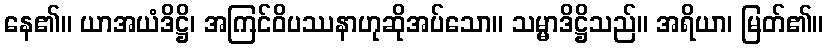
နေ၏။ ယာအယံဒိဋ္ဌိ၊ အကြင်ဝိပဿနာဟုဆိုအပ်သော။ သမ္မာဒိဋ္ဌိသည်။ အရိယာ၊ မြတ်၏။